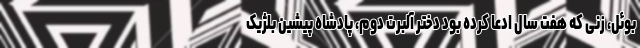
بوئل، زنی که هفت سال ادعا کرده بود دختر آلبرت دوم، پادشاه پیشین بلژیک